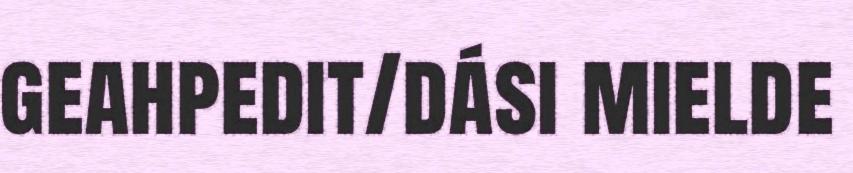
geahpedit/dási mielde